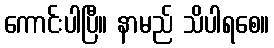
ကောင်းပါပြီ။ နာမည် သိပါရစေ။